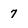
Character: 7